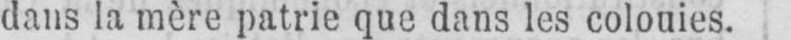
dans la mère patrie que dans les colouies.